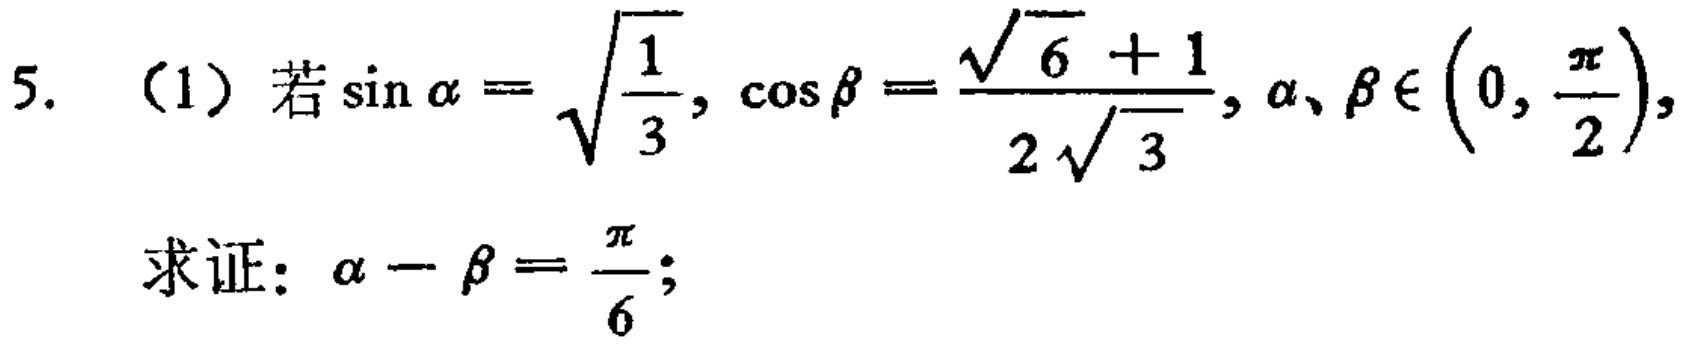
5. （1）若\(\sin\alpha = \sqrt{\frac{1}{3}}\), \(\cos\beta = \frac{\sqrt{6} + 1}{2\sqrt{3}}\), \(\alpha,\beta\in\left(0, \frac{\pi}{2}\right)\),

求证：\(\alpha - \beta = \frac{\pi}{6}\);